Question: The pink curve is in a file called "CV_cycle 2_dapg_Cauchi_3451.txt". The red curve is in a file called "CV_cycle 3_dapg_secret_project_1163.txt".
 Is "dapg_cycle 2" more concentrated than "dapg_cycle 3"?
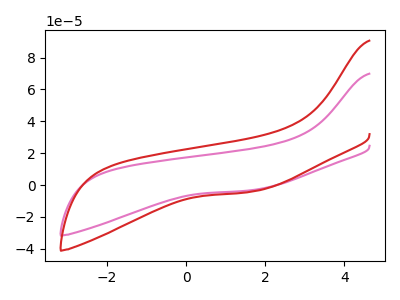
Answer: <think>The pink curve "dapg_cycle 2" has no peaks. The red curve "dapg_cycle 3" has no peaks.
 Neither "dapg_cycle 2" or "dapg_cycle 3" have any peaks.</think>
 <answer>I cant tell if "dapg_cycle 2" or "dapg_cycle 3" has higher concentration.</answer>
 <eval>mixed_concentration</eval>